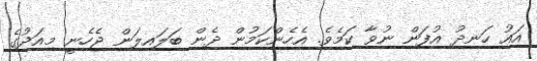
އައު ހަނދު އުފަން ނުވާ ކަމެވެ. އެހެންކަމުން ދެން ބަލައިލަން ޖެހެނީ މިއަދުގެ